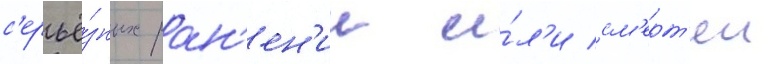
с'ерьё́зных ран'ен'ии и́л'и см'ерт'еи